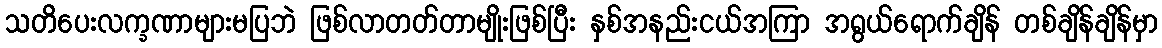
သတိပေးလက္ခဏာများမပြဘဲ ဖြစ်လာတတ်တာမျိုးဖြစ်ပြီး နှစ်အနည်းငယ်အကြာ အရွယ်ရောက်ချိန် တစ်ချိန်ချိန်မှာ